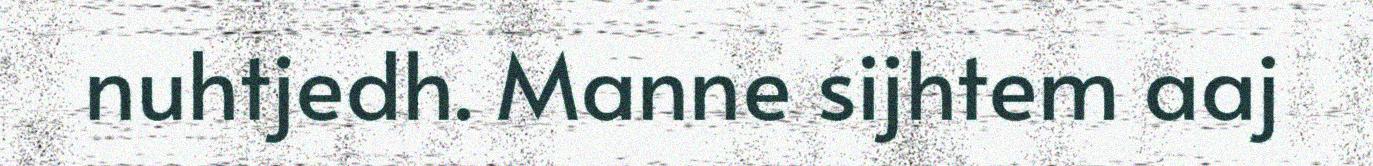
nuhtjedh. Manne sijhtem aaj